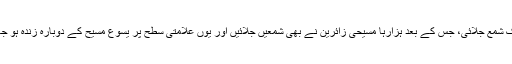
اس موقع پر پہلے پوپ فرانسس نے اندھیرے میں ایک شمع جلائی، جس کے بعد ہزارہا مسیحی زائرین نے بھی شمعیں جلائیں اور یوں علامتی سطح پر یسوع مسیح کے دوبارہ زندہ ہو جانے کی وجہ سے پھیلنے والی روشنی کو یاد کیا گیا۔